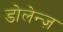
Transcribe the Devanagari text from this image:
डोलेन्ज़